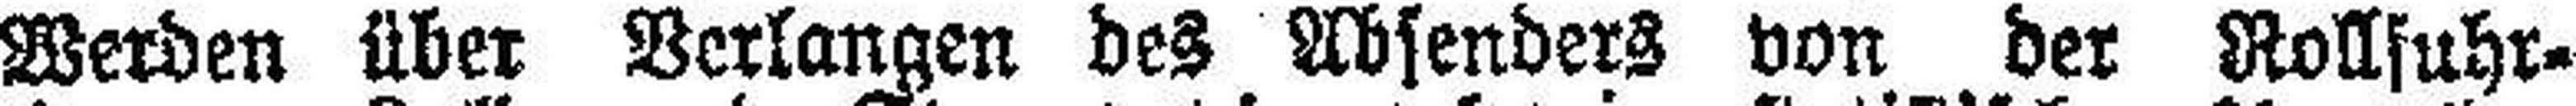
Werden über Verlagen des Absenders von der Rollfuhr-